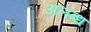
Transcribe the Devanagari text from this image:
अलब्ध